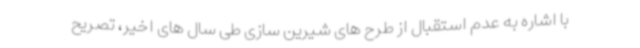
با اشاره به عدم استقبال از طرح های شیرین سازی طی سال های اخیر، تصریح